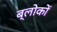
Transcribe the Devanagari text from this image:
ब्लोकों